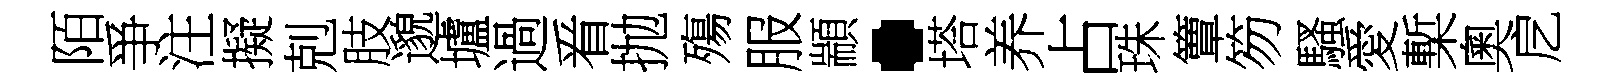
陌爭注擬剋肢邈壚過㸔抛殤服顓·塔养占珠簟笏騷愛槧奧戹